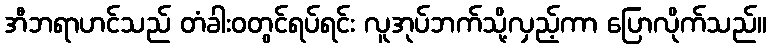
အီဘရာဟင်သည် တံခါးဝတွင်ရပ်ရင်း လူအုပ်ဘက်သို့လှည့်ကာ ပြောလိုက်သည်။